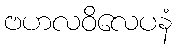
ဗဟလဝိလေပနံ